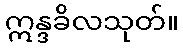
ဣန္ဒခိလသုတ်။